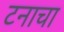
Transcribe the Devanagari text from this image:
टनाचा